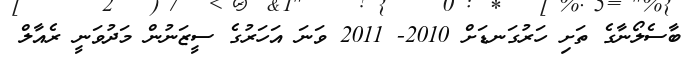
ބާސެލޯނާގެ ތަށި ހަރުގަނޑަށް 2010- 2011 ވަނަ އަހަރުގެ ސީޒަނުން މަދުވަނީ ރެއާލް